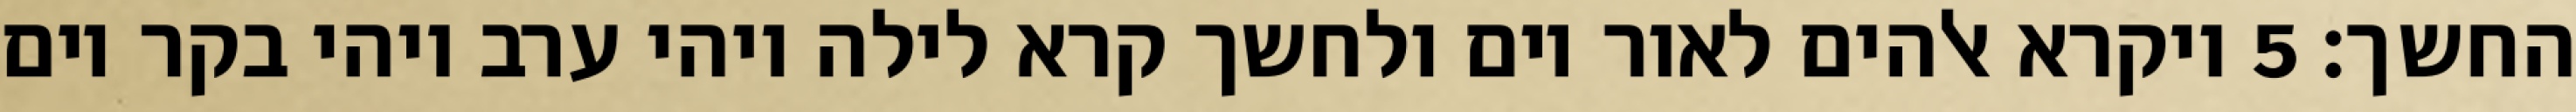
החשך׃ ‎5‏ ויקרא אלהים לאור יום ולחשך קרא לילה ויהי ערב ויהי בקר יום